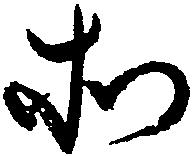
所